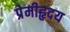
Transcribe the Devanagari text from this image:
प्रेमीहृदय